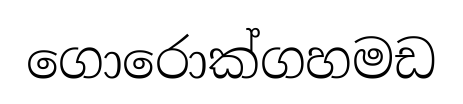
ගොරොක්ගහමඩ